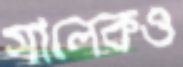
সালেকও